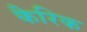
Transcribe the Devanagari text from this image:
कैरिक